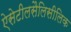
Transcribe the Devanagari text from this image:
ऐसेटीलसैलिसीलिक